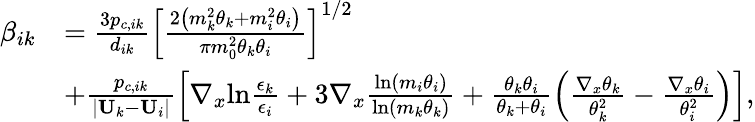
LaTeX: \begin{array}{rl}{\beta_{ik}}&{=\frac{3p_{c,ik}}{d_{ik}}\left[\frac{2\left(m_{k}^{2}\theta_{k}+m_{i}^{2}\theta_{i}\right)}{\pi m_{0}^{2}\theta_{k}\theta_{i}}\right]^{1/2}}\\ &{+\frac{p_{c,ik}}{|\textbf{U}_{k}-\textbf{U}_{i}|}\left[\nabla_{x}\mathrm{ln}\frac{\epsilon_{k}}{\epsilon_{i}}+3\nabla_{x}\frac{\mathrm{ln}\left(m_{i}\theta_{i}\right)}{\mathrm{ln}\left(m_{k}\theta_{k}\right)}+\frac{\theta_{k}\theta_{i}}{\theta_{k}+\theta_{i}}\left(\frac{\nabla_{x}\theta_{k}}{\theta_{k}^{2}}-\frac{\nabla_{x}\theta_{i}}{\theta_{i}^{2}}\right)\right],}\end{array}